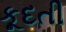
કૂદતી